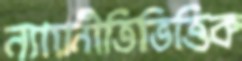
ন্যায়নীতিভিত্তিক